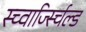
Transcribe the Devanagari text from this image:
स्च्वार्ज्स्चिल्ड